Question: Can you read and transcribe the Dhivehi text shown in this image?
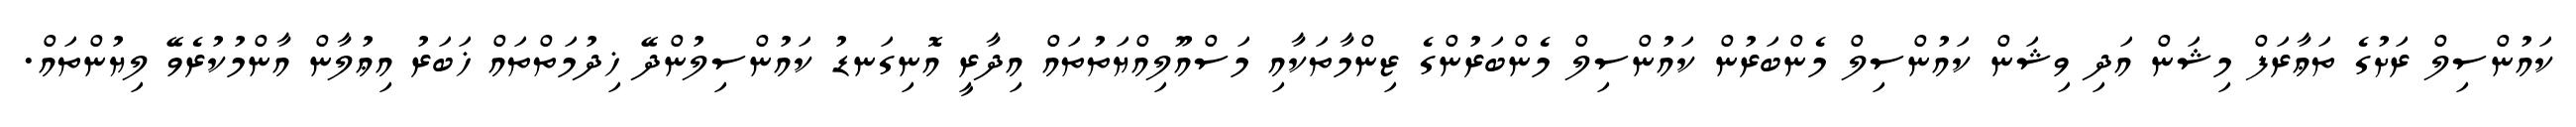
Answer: ކައުންސިލް ރަށުގެ ތަޢާރަފް މިޝަން އަދި ވިޝަން ކައުންސިލް މެންބަރުން ކައުންސިލް މެންބަރުންގެ ޒިންމާތަކާއި މަސްއޫލިއްޔަތުތައް އިދާރީ އޮނިގަނޑު ކައުންސިލުންދޭ ޚިދުމަތްތައް ޚަބަރު އިޢުލާން އާންމުކުރެވޭ ލިޔުންތައް.